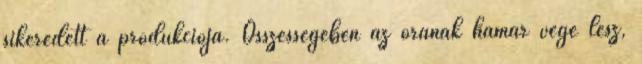
sikeredett a produkciója. Összességében az órának hamar vége lesz,